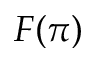
F ( \pi )